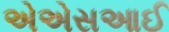
એએસઆઈ